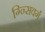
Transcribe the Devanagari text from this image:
ग्न्सिवर्ग